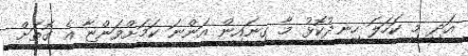
އަދި މި ކަހަލަ ހިނދުކޮޅު މާ ގިނައިން އަންނަ ކަމަށްވަންޏާ އެ ގޮތަށް